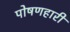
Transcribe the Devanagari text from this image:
पोषणहारी